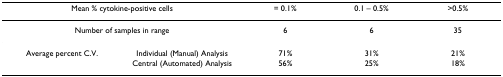
| <COLSPAN=2> Mean % cytokine-positive cells | = 0.1% | 0.1 – 0.5% | >0.5% |
 | --- | --- | --- | --- | --- |
 | <COLSPAN=2> Number of samples in range | 6 | 6 | 35 |
 | Average percent C.V. | Individual (Manual) Analysis | 71% | 31% | 21% |
 |  | Central (Automated) Analysis | 56% | 25% | 18% |